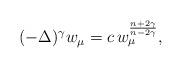
LaTeX: \begin{align*}(-\Delta)^\gamma w_\mu=c\, w_\mu^{\frac{n+2\gamma}{n-2\gamma}},\end{align*}